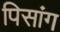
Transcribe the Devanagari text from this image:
पिसांग